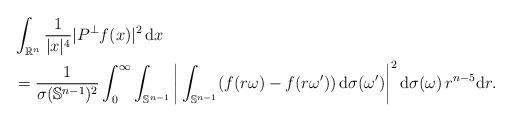
LaTeX: \begin{align*}&\int_{\mathbb{R}^n} \frac{1}{|x|^4} |P^\perp f(x)|^2 \, \mathrm{d}x \\& = \frac{1}{\sigma(\mathbb{S}^{n-1})^2} \int_0^{\infty} \int_{\mathbb{S}^{n-1}} \bigg| \int_{\mathbb{S}^{n-1}} (f(r\omega) - f(r\omega')) \, \mathrm{d}\sigma(\omega') \bigg|^2 \, \mathrm{d}\sigma(\omega) \, r^{n-5} \mathrm{d}r.\end{align*}